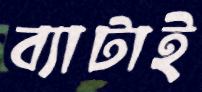
ব্যাটাই